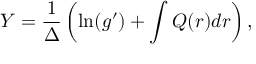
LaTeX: Y = \frac { 1 } { \Delta } \left( \ln ( g ^ { \prime } ) + \int Q ( r ) d r \right) ,